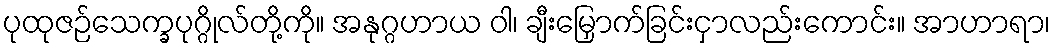
ပုထုဇဉ်သေက္ခပုဂ္ဂိုလ်တို့ကို။ အနုဂ္ဂဟာယ ဝါ၊ ချီးမြှောက်ခြင်းငှာလည်းကောင်း။ အာဟာရာ၊